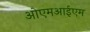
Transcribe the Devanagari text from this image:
ओएमआईएम